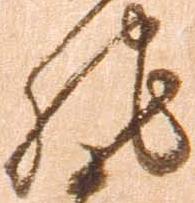
馳